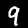
Label: 9